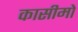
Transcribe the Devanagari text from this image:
कासीमो